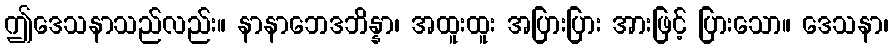
ဤဒေသနာသည်လည်း။ နာနာဘေဒဘိန္နာ၊ အထူးထူး အပြားပြား အားဖြင့် ပြားသော။ ဒေသနာ၊